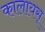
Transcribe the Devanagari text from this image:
कालायस्